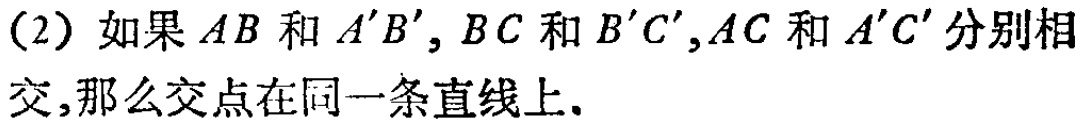
（2）如果 \(AB\) 和 \(A'B'\) , \(BC\) 和 \(B'C'\) , \(AC\) 和 \(A'C'\) 分别相交,那么交点在同一条直线上.